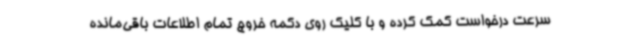
سرعت درخواست کمک کرده و با کلیک روی دکمه خروج تمام اطلاعات باقی‌مانده